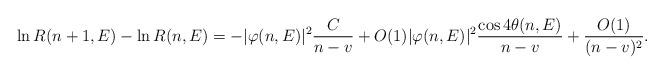
LaTeX: \begin{align*} \ln R(n+1,E)- \ln R(n,E)= -\vert \varphi(n,E)\vert^2 \frac{C}{n-v}+O(1)\vert \varphi(n,E)\vert^2 \frac{\cos 4 \theta(n,E)}{n-v}+\frac{O(1)}{(n-v)^2}.\end{align*}